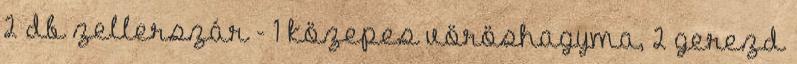
2 db zellerszár - 1 közepes vöröshagyma, 2 gerezd